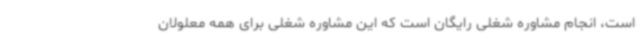
است، انجام مشاوره شغلی رایگان است که این مشاوره شغلی برای همه معلولان